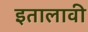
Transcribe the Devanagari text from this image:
इतालावी